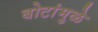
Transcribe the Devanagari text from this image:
बोटांमुळे